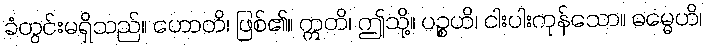
ခံတွင်းမရှိသည်။ ဟောတိ၊ ဖြစ်၏။ ဣတိ၊ ဤသို့။ ပဉ္စဟိ၊ ငါးပါးကုန်သော။ ဓမ္မေဟိ၊